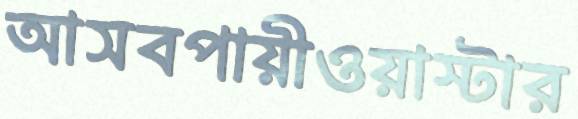
আসবপায়ীওয়াস্টার